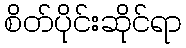
စိတ်ပိုင်းဆိုင်ရာ